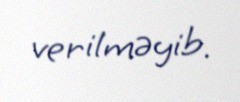
verilməyib.